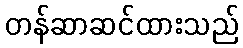
တန်ဆာဆင်ထားသည်